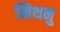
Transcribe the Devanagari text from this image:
मिथनु